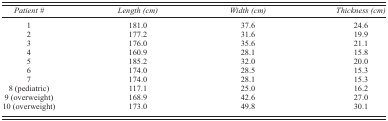
<table><thead><tr><td><b><i>Patient</i> #</b></td><td><b><i>Length (cm)</i></b></td><td><b><i>Width (cm)</i></b></td><td><b><i>Thickness (cm)</i></b></td></tr></thead><tbody><tr><td>1</td><td>181.0</td><td>37.6</td><td>24.6</td></tr><tr><td>2</td><td>177.2</td><td>31.6</td><td>19.9</td></tr><tr><td>3</td><td>176.0</td><td>35.6</td><td>21.1</td></tr><tr><td>4</td><td>160.9</td><td>28.1</td><td>15.8</td></tr><tr><td>5</td><td>185.2</td><td>32.0</td><td>20.0</td></tr><tr><td>6</td><td>174.0</td><td>28.5</td><td>15.3</td></tr><tr><td>7</td><td>174.0</td><td>28.1</td><td>15.3</td></tr><tr><td>8 (pediatric)</td><td>117.1</td><td>25.0</td><td>16.2</td></tr><tr><td>9 (overweight)</td><td>168.9</td><td>42.6</td><td>27.0</td></tr><tr><td>10 (overweight)</td><td>173.0</td><td>49.8</td><td>30.1</td></tr></tbody></table>